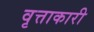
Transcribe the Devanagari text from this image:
वृत्ताकारी